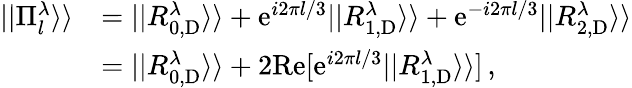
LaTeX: \begin{array}{rl}{||\Pi_{l}^{\lambda}\rangle\rangle}&{=||R_{0,\mathrm{D}}^{\lambda}\rangle\rangle+\mathrm{e}^{i2\pi l/3}||R_{1,\mathrm{D}}^{\lambda}\rangle\rangle+\mathrm{e}^{-i2\pi l/3}||R_{2,\mathrm{D}}^{\lambda}\rangle\rangle}\\ &{=||R_{0,\mathrm{D}}^{\lambda}\rangle\rangle+2\mathrm{Re}[\mathrm{e}^{i2\pi l/3}||R_{1,\mathrm{D}}^{\lambda}\rangle\rangle]\, ,}\end{array}